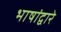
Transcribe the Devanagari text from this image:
भाषांद्वारे